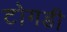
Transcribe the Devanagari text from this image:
टोगडी